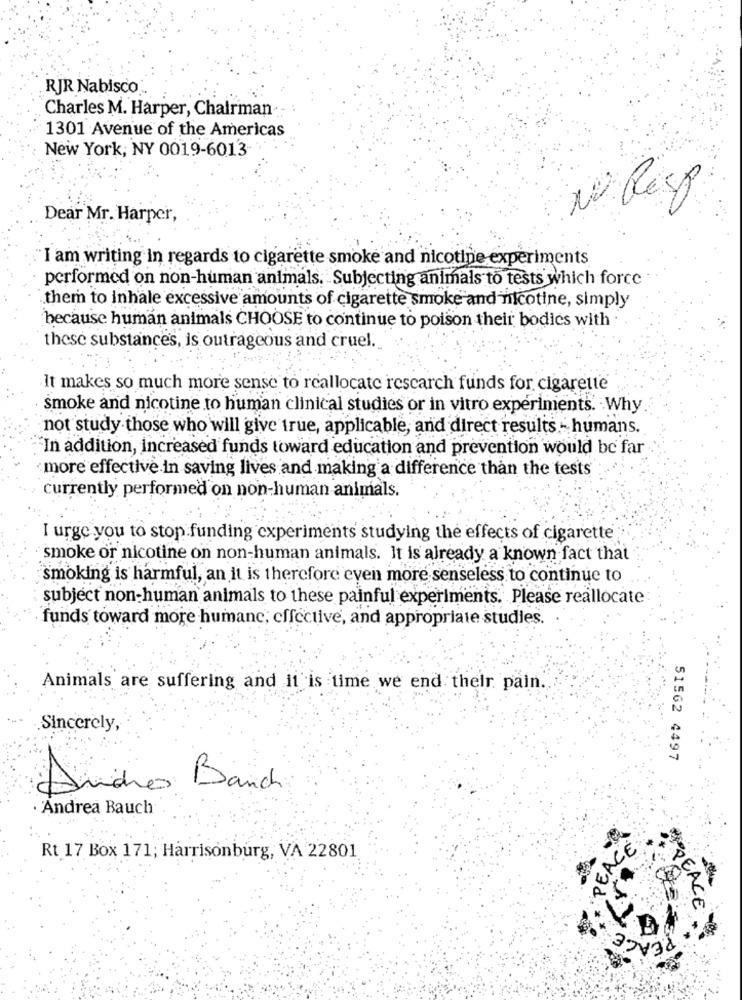
RJR Nabisco
Charles M. Harper, Chairman ..
1301 Avenue of the Americas
New York, NY 0019-6013
10 Risp
Dear Mr. Harper,
"I am writing in regards to cigarette smoke and nicotine experiments
performed on non-human animals. Subjecting animals to tests which force
them to inhale excessive amounts of cigarette smoke and nicotine, simply
because human animals CHOOSE to continue to poison their bodies with
these substances, is outrageous and cruel.
It makes so much more sense to reallocate rescarch funds for cigarette
smoke and nicotine to human clinical studies or in vitro experiments. Why
not study those who will give true, applicable, and direct results - humans.
In addition, increased funds toward education and prevention would be far
more effective in saving lives and making a difference than the tests
currently performed on non-human animals.
I urge you to stop funding experiments studying the effects of cigarette
smoke or nicotine on non-human animals. It is already a known fact that
smoking is harmful, an it is therefore even more senseless to continue to
subject non-human animals to these painful experiments. Please reallocate
funds toward more humane, effective, and appropriate studies.
Animals are suffering and it is time we end their pain.
Sincerely,
51562 4497
Andros Banch
Andrea Bauch
PEACE
Rt 17 Box 171; Harrisonburg, VA 22801
PEACE
3
APEACE